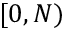
[ 0 , N )